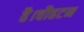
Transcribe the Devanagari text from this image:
है।चौहटन